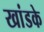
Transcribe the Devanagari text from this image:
खांडके